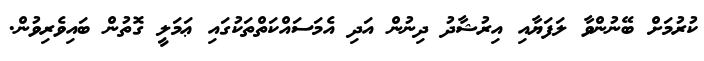
ކުރުމަށް ބޭނުންވާ ލަފަޔާއި އިރުޝާދު ދިނުން އަދި އެމަސައްކަތްތަކުގައި ޢަމަލީ ގޮތުން ބައިވެރިވުން.